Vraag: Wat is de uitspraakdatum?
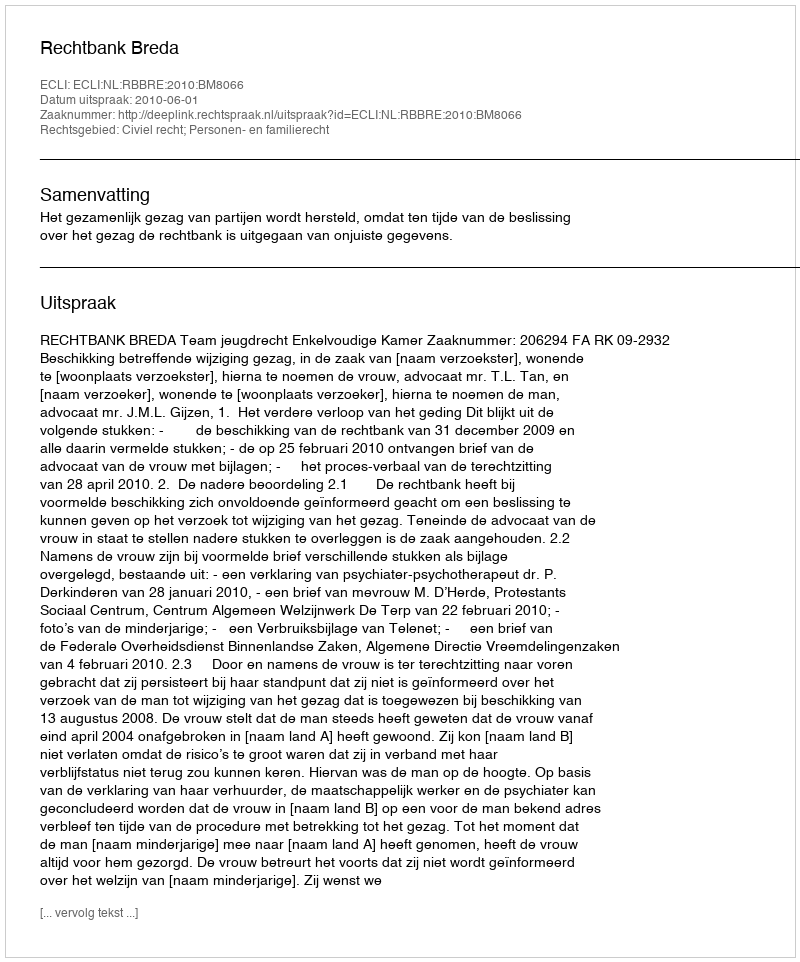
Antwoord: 2010-06-01